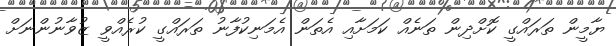
ޔާމީން ތަރައްގީ ކޮށްދިން ތަނެއް ކަމަށާއި އެތަން އެމަނިކުފާނު ތަރައްގީ ކުރެއްވީ ޒުވާނުންނަށް